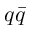
q \bar { q }